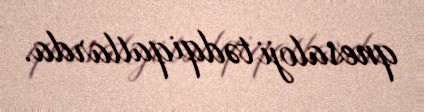
qnesaloji tədqiqatlarda.